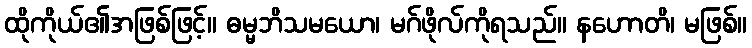
ထိုကိုယ်၏အဖြစ်ဖြင့်။ ဓမ္မဘိသမယော၊ မဂ်ဖိုလ်ကိုရသည်။ နဟောတိ၊ မဖြစ်။